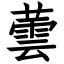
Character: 蕓